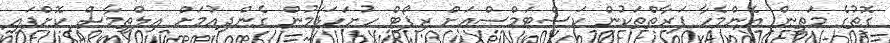
ގޮތުގެ މަތީން އެންމެހާ ފަރާތްތަކުން ކަސްޓަމްސްއަށް ރިޕޯޓް ހުށަހަޅަމުން ގެންދިއުމަށް އިލްތިމާސް ކޮށްފައި